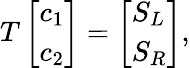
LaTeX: T\left[\begin{array}{l}{c_{1}}\\ {c_{2}}\end{array}\right]=\left[\begin{array}{l}{S_{L}}\\ {S_{R}}\end{array}\right],